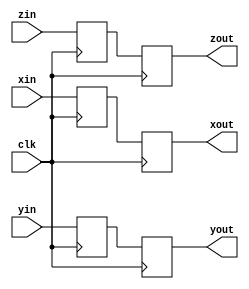
module vectdelay16x2 (xin, yin, zin, xout, yout, zout, clk);
    input[16 - 1:0] xin; 
    input[16 - 1:0] yin; 
    input[16 - 1:0] zin; 
    output[16 - 1:0] xout; 
    wire[16 - 1:0] xout;
    output[16 - 1:0] yout; 
    wire[16 - 1:0] yout;
    output[16 - 1:0] zout; 
    wire[16 - 1:0] zout;
    input clk; 
    reg[16 - 1:0] bufferx0; 
    reg[16 - 1:0] bufferx1; 
    reg[16 - 1:0] buffery0; 
    reg[16 - 1:0] buffery1; 
    reg[16 - 1:0] bufferz0; 
    reg[16 - 1:0] bufferz1; 
    assign xout = bufferx1 ;
    assign yout = buffery1 ;
    assign zout = bufferz1 ;
    always @(posedge clk)
    begin
       bufferx0 <= xin ; 
       buffery0 <= yin ; 
       bufferz0 <= zin ; 
       bufferx1 <= bufferx0 ; 
       buffery1 <= buffery0 ; 
       bufferz1 <= bufferz0 ; 
    end 
 endmodule